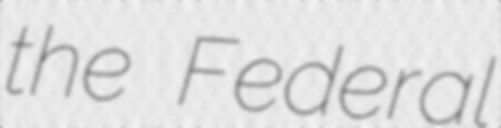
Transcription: the Federal